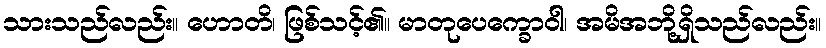
သားသည်လည်း။ ဟောတိ၊ ဖြစ်သင့်၏။ မာတုပေက္ခောဝါ၊ အမိအဘို့ရှိသည်လည်း။